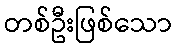
တစ်ဦးဖြစ်သော